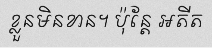
ខ្លួនមិនខាន។ ប៉ុន្តែ អតីត